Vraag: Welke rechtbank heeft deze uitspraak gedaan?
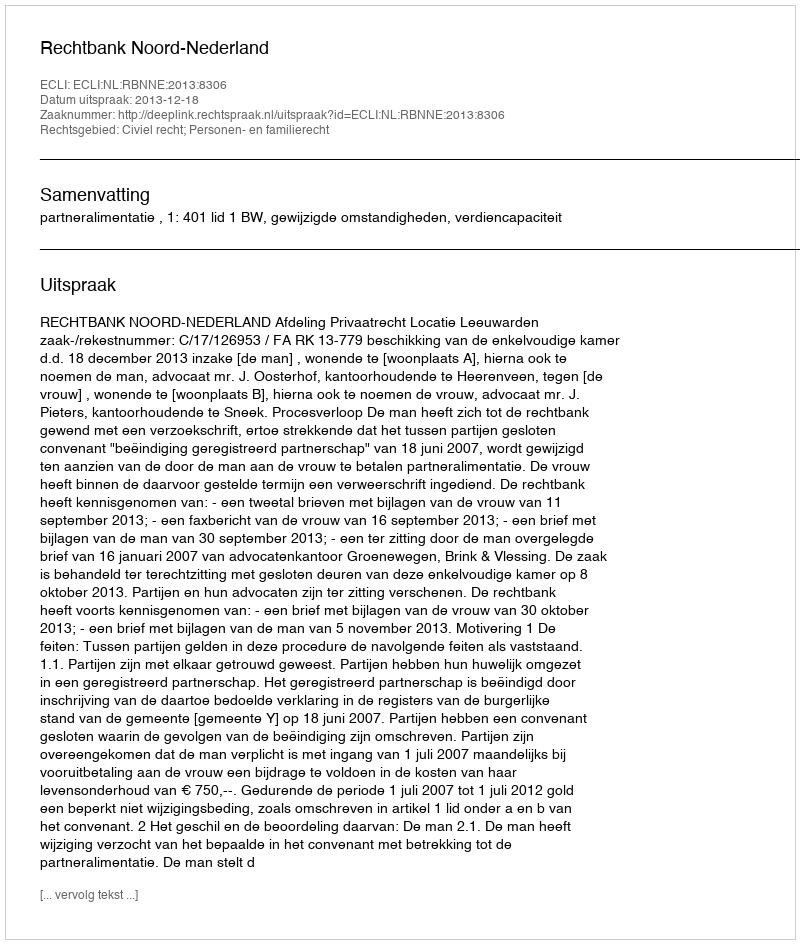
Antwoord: Rechtbank Noord-Nederland